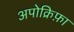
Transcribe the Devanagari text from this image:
अपोक्रिफ़ा